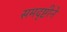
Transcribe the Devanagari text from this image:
समदृष्टीने